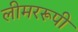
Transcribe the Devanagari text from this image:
लीमररूपी